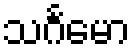
သင်္ဂမော